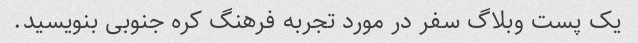
یک پست وبلاگ سفر در مورد تجربه فرهنگ کره جنوبی بنویسید.